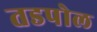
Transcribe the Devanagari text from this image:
तडपोल